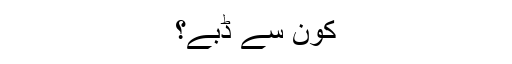
کون سے ڈبے؟